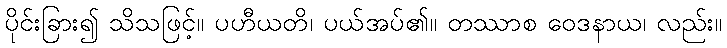
ပိုင်းခြား၍ သိသဖြင့်။ ပဟီယတိ၊ ပယ်အပ်၏။ တဿာစ ဝေဒနာယ၊ လည်း။